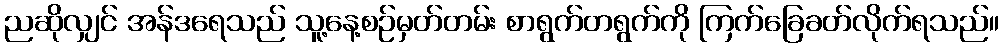
ညဆိုလျှင် အန်ဒရေသည် သူ့နေ့စဉ်မှတ်တမ်း စာရွက်တရွက်ကို ကြက်ခြေခတ်လိုက်ရသည်။